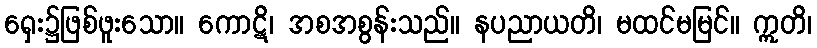
ရှေး၌ဖြစ်ဖူးသော။ ကောဋိ၊ အစအစွန်းသည်။ နပညာယတိ၊ မထင်မမြင်။ ဣတိ၊